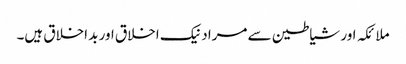
ملائکہ اور شیاطین سے مراد نیک اخلاق اور بد اخلاق ہیں۔